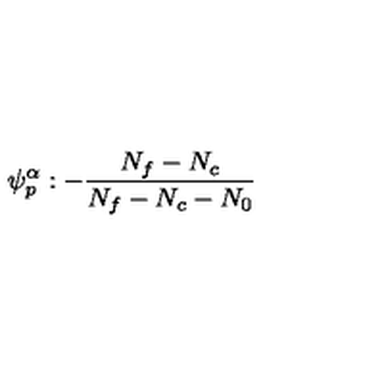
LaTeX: \psi _ { p } ^ { \alpha } : - \frac { N _ { f } - N _ { c } } { N _ { f } - N _ { c } - N _ { 0 } }